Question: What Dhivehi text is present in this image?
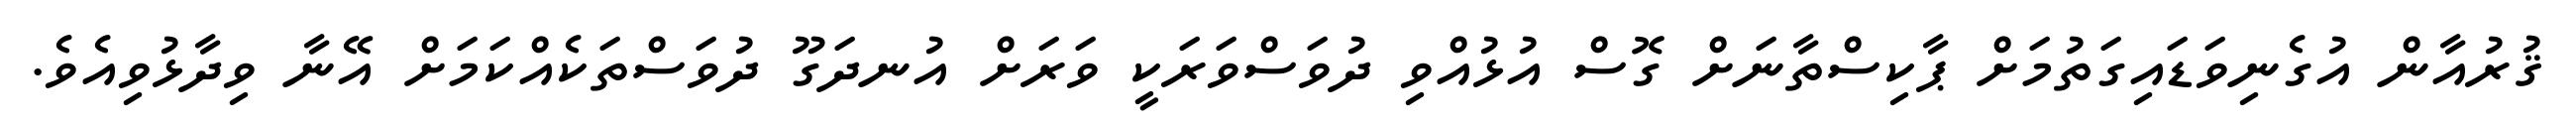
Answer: ޤުރުއާން އުގެނިވަޑައިގަތުމަށް ޕާކިސްތާނަށް ގޮސް އުޅުއްވި ދުވަސްވަރަކީ ވަރަށް އުނދަގޫ ދުވަސްތަކެއްކަމަށް އޭނާ ވިދާޅުވިއެވެ.